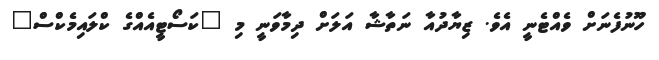
ހޫނުފެނަށް ވެއްޓެނީ އެވެ. ޒިޔާދުއާ ނަތާޝާ އަލަށް ދިމާވަނީ މި "ކަސޯޓީއެއްގެ ކްލައިމެކްސް"